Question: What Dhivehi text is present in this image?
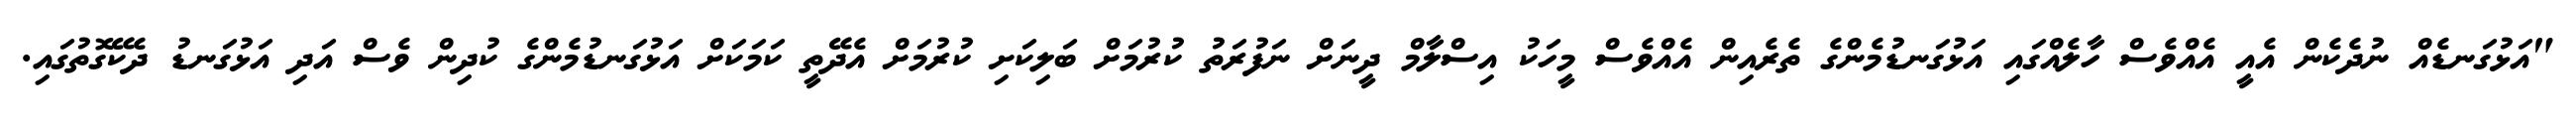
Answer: "އަޅުގަނޑެއް ނުދެކެން އެއީ އެއްވެސް ހާލެއްގައި އަޅުގަނޑުމެންގެ ތެރެއިން އެއްވެސް މީހަކު އިސްލާމް ދީނަށް ނަފުރަތު ކުރުމަށް ބަލިކަށި ކުރުމަށް އެދޭތީ ކަމަކަށް އަޅުގަނޑުމެންގެ ކުދިން ވެސް އަދި އަޅުގަނޑު ދެކޭގޮތުގައި.